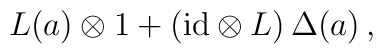
L(a) \otimes 1 + ({\rm id} \otimes L) \, \Delta (a) \, ,